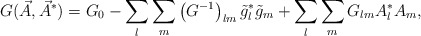
\begin{align*}G(\vec A,\vec A^*) = G_0 -\sum_l\sum_m\left (G^{-1}\right )_{lm}\tilde g_l^*\tilde g_m +\sum_l\sum_mG_{lm}A_l^*A_m,\end{align*}